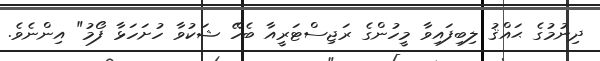
ދިނުމުގެ ޙައްޤު ލިބިފައިވާ މީހުންގެ ރަޖިސްޓަރީއާ ބެހޭ ޝަކުވާ ހުށަހަޅާ ފޯމު" އިންނެވެ.